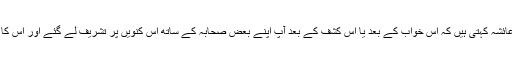
پھر حضرت عائشہؓ کہتی ہیں کہ اس خواب کے بعد یا اس کشف کے بعد آپؐ اپنے بعض صحابہؓ کے ساتھ اس کنویں پر تشریف لے گئے اور اس کا معائنہ فرمایا۔